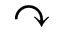
\curvearrowright